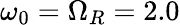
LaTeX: \omega_{0}=\Omega_{R}=2.0